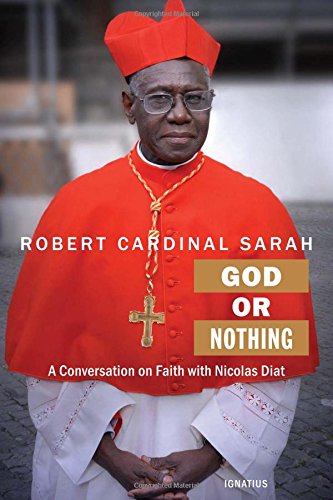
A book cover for God or Nothing: A Conversation on Faith; Cardinal Robert Sarah; Biographies & Memoirs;